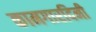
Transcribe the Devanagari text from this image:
कामगारदिनी